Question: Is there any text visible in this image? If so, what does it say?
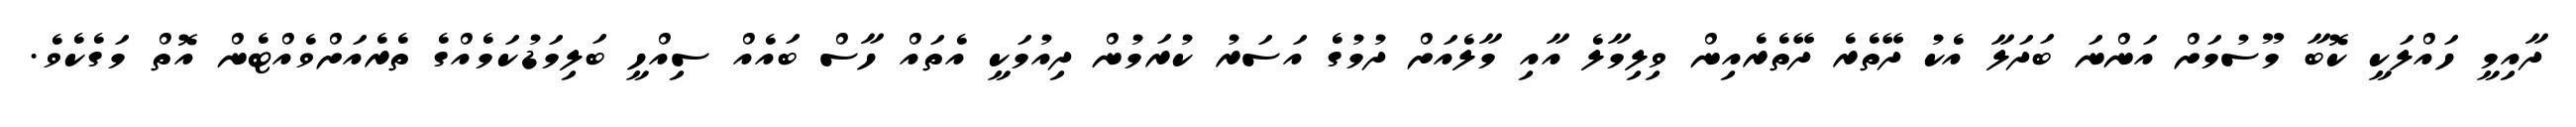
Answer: ދާއިމީ ހައްލަކީ ކޮބާ މޫސުމަށް އަންނަ ބަދަލާ އެކު ދޭތެރެ ދޭތެރެއިން ވިލިމާލެ އާއި މާލެއަށް ދުމުގެ އަސަރު ކުރަމުން ދިއުމަކީ އެތައް ހާސް ބައެއް ސިއްހީ ބަލިމަޑުކަމެއްގެ ތެރެއަށްވެއްޓެން އޮތް މަގެކެވެ.